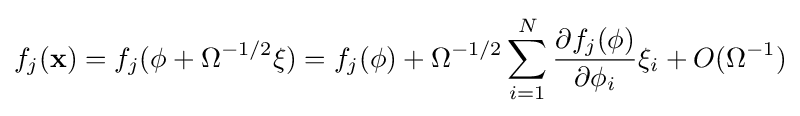
f_{j}(\mathbf {x} )=f_{j}(\mathbf {\phi } +\Omega ^{-1/2}\mathbf {\xi } )=f_{j}(\mathbf {\phi } )+\Omega ^{-1/2}\sum _{i=1}^{N}{\frac {\partial f_{j}(\mathbf {\phi } )}{\partial \phi _{i}}}\xi _{i}+O(\Omega ^{-1})